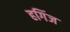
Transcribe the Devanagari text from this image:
हगिंज